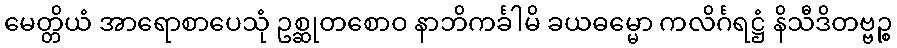
မေတ္တိယံ အာရောစာပေသုံ ဥစ္ဆုတစောဝ နာဘိကင်္ခါမိ ခယဓမ္မော ကလိင်္ဂရဋ္ဌံ နိသီဒိတဗ္ဗဉ္စ